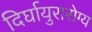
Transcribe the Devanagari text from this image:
दिर्घायुरारोग्य